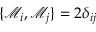
\{ \mathcal { M } _ { i } , \mathcal { M } _ { j } \} = 2 \delta _ { i j }